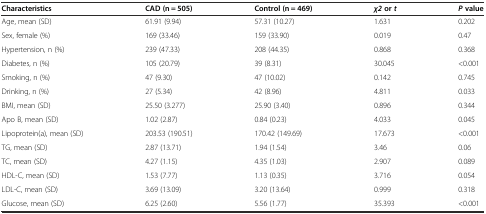
<table><thead><tr><td><b>Characteristics</b></td><td><b>CAD (n = 505)</b></td><td><b>Control (n = 469)</b></td><td><b><i>χ2</i>or<i>t</i></b></td><td><b><i>P</i>value</b></td></tr></thead><tbody><tr><td>Age, mean (SD)</td><td>61.91 (9.94)</td><td>57.31 (10.27)</td><td>1.631</td><td>0.202</td></tr><tr><td>Sex, female (%)</td><td>169 (33.46)</td><td>159 (33.90)</td><td>0.019</td><td>0.47</td></tr><tr><td>Hypertension, n (%)</td><td>239 (47.33)</td><td>208 (44.35)</td><td>0.868</td><td>0.368</td></tr><tr><td>Diabetes, n (%)</td><td>105 (20.79)</td><td>39 (8.31)</td><td>30.045</td><td>&lt;0.001</td></tr><tr><td>Smoking, n (%)</td><td>47 (9.30)</td><td>47 (10.02)</td><td>0.142</td><td>0.745</td></tr><tr><td>Drinking, n (%)</td><td>27 (5.34)</td><td>42 (8.96)</td><td>4.811</td><td>0.033</td></tr><tr><td>BMI, mean (SD)</td><td>25.50 (3.277)</td><td>25.90 (3.40)</td><td>0.896</td><td>0.344</td></tr><tr><td>Apo B, mean (SD)</td><td>1.02 (2.87)</td><td>0.84 (0.23)</td><td>4.033</td><td>0.045</td></tr><tr><td>Lipoprotein(a), mean (SD)</td><td>203.53 (190.51)</td><td>170.42 (149.69)</td><td>17.673</td><td>&lt;0.001</td></tr><tr><td>TG, mean (SD)</td><td>2.87 (13.71)</td><td>1.94 (1.54)</td><td>3.46</td><td>0.06</td></tr><tr><td>TC, mean (SD)</td><td>4.27 (1.15)</td><td>4.35 (1.03)</td><td>2.907</td><td>0.089</td></tr><tr><td>HDL-C, mean (SD)</td><td>1.53 (7.77)</td><td>1.13 (0.35)</td><td>3.716</td><td>0.054</td></tr><tr><td>LDL-C, mean (SD)</td><td>3.69 (13.09)</td><td>3.20 (13.64)</td><td>0.999</td><td>0.318</td></tr><tr><td>Glucose, mean (SD)</td><td>6.25 (2.60)</td><td>5.56 (1.77)</td><td>35.393</td><td>&lt;0.001</td></tr></tbody></table>